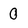
Character: 0